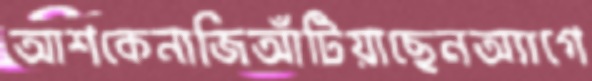
আশকেনাজিআঁটিয়াছেনঅ্যাগে